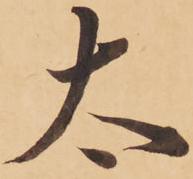
太